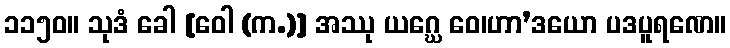
၁၁၅၀။ သုဒံ ခေါ [ဝေါ (က.)] အဿု ယဂ္ဃေ ဝေ၊ဟာ’ဒယော ပဒပူရဏေ။